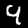
Digit: 9